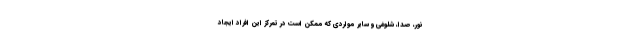
نور، صدا، شلوغی و سایر مواردی که ممکن است در تمرکز این افراد ایجاد